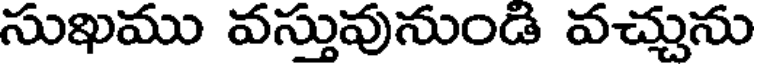
సుఖము వస్తువునుండి వచ్చును